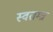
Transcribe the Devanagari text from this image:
स्वतम्त्र